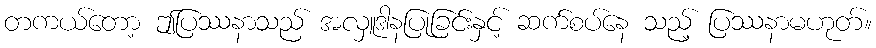
တကယ်တော့ ဤပြဿနာသည် အလှူဒါနပြုခြင်းနှင့် ဆက်စပ်နေ သည့် ပြဿနာမဟုတ်။